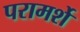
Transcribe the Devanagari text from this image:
परामर्शे